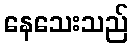
နေသေးသည်